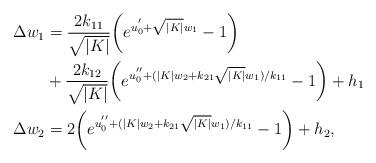
LaTeX: \begin{align*}\Delta w_1 &= \frac{2k_{11}}{\sqrt{|K|}}\bigg(e^{u_0^{'}+\sqrt{|K|}w_1}-1\bigg)\\&+\frac{2k_{12}}{\sqrt{|K|}}\bigg(e^{u_0^{''}+(|K|w_2+k_{21}\sqrt{|K|}w_1)/k_{11}}-1\bigg)+h_1\\\Delta w_2 &=2\bigg(e^{u_0^{''}+(|K|w_2+k_{21}\sqrt{|K|}w_1)/k_{11}}-1\bigg)+h_2,\end{align*}